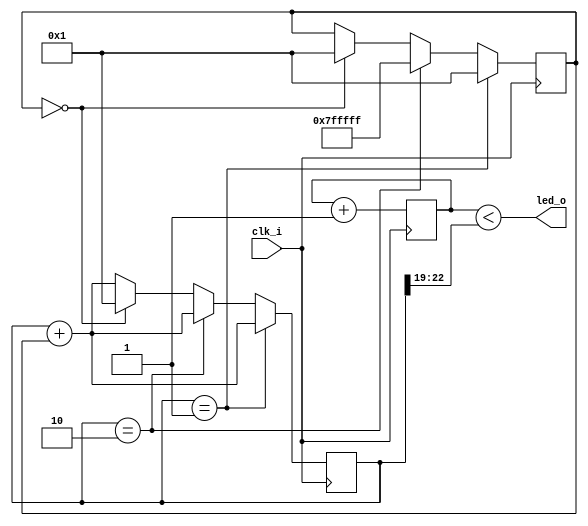
// Generated by MyHDL 0.11


`timescale 1ns/10ps

module wax_wane (
    clk_i,
    led_o
);


input clk_i;
output led_o;
wire led_o;

reg [22:0] rampout;
reg [3:0] chunk_insts_0_cnt;
reg [22:0] k_delta;




assign led_o = (chunk_insts_0_cnt < rampout[23-1:19]);


always @(posedge clk_i) begin: WAX_WANE_LOC_INSTS_CHUNK_INSTS_0_LOC_INSTS_CHUNK_INSTS_K
    chunk_insts_0_cnt <= (chunk_insts_0_cnt + 1);
end


always @(posedge clk_i) begin: WAX_WANE_LOC_INSTS_CHUNK_INSTS_K_LOC_INSTS_CHUNK_INSTS_K
    rampout <= (rampout + k_delta);
    if ((rampout == 1)) begin
        k_delta <= 1;
    end
    else if (($signed({1'b0, rampout}) == (8388608 - 2))) begin
        k_delta <= (-1);
    end
    else if ((k_delta == 0)) begin
        k_delta <= 1;
        rampout <= 1;
    end
end

endmodule